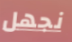
نجهل